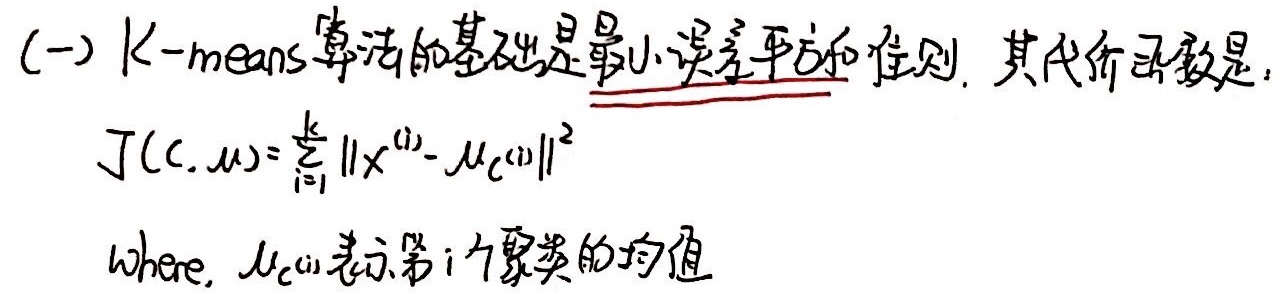
(一) K - means算法的基础是最小误差平方和准则。其代价函数是：
\[J(C, \mu)=\sum_{i = 1}^{k}\left\|x^{(i)}-\mu_{c^{(i)}}\right\|^{2}\]
其中，\(\mu_{c^{(i)}}\)表示第 \(i\) 个聚类的均值。